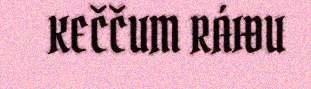
KEČČUM RÁIĐU